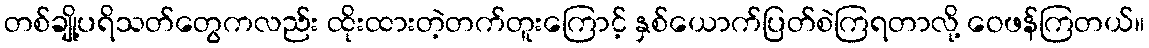
တစ်ချို့ပရိသတ်တွေကလည်း ထိုးထားတဲ့တက်တူးကြောင့် နှစ်ယောက်ပြတ်စဲကြရတာလို့ ဝေဖန်ကြတယ်။